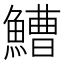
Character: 鰽